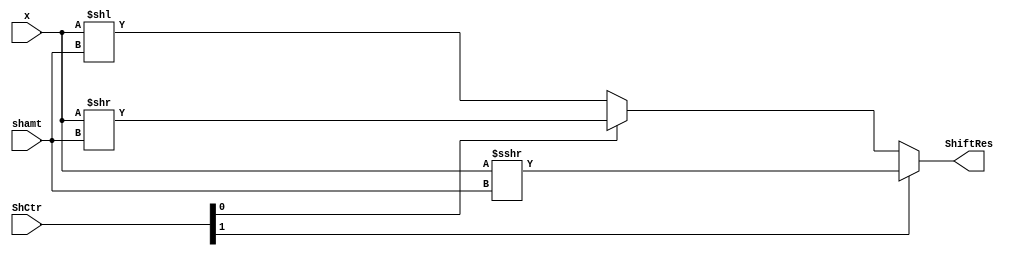
module SU(input wire[1:0] ShCtr,
          input wire[4:0] shamt,
          input wire[31:0] x,
          output wire[31:0] ShiftRes);

    assign ShiftRes=ShCtr[1]?(x >>> shamt):(ShCtr[0]?(x >> shamt):(x << shamt));

endmodule